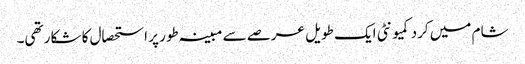
شام میں کرد کمیونٹی ایک طویل عرصے سے مبینہ طور پر استحصال کا شکار تھی۔